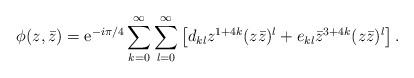
LaTeX: \begin{align*}\phi(z,\bar z)={\mathrm e}^{- i \pi/4 }\sum_{k=0}^{\infty}\sum_{l=0}^{\infty}\left[d_{kl} z^{1+4k} (z\bar z)^l +e_{kl} {\bar z}^{3+4k} (z\bar z)^l\right].\end{align*}